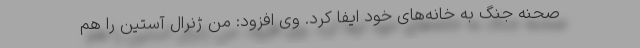
صحنه جنگ به خانه‌های خود ایفا کرد. وی افزود: من ژنرال آستین را هم